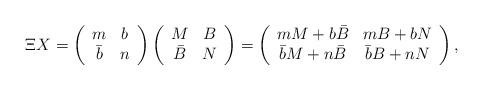
LaTeX: \begin{align*}\Xi X = \left( \begin{array}{cc} m & b \\ \bar{b} & n \end{array} \right) \left( \begin{array}{cc} M & B \\ \bar{B} & N \end{array} \right) = \left( \begin{array}{cc} m M + b \bar{B} & m B + b N \\ \bar{b} M + n \bar{B} & \bar{b} B + n N \end{array} \right),\end{align*}